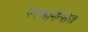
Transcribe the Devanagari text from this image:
परफार्मेन्सेज